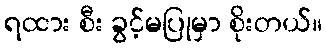
ရထား စီး ခွင့်မပြုမှာ စိုးတယ်။